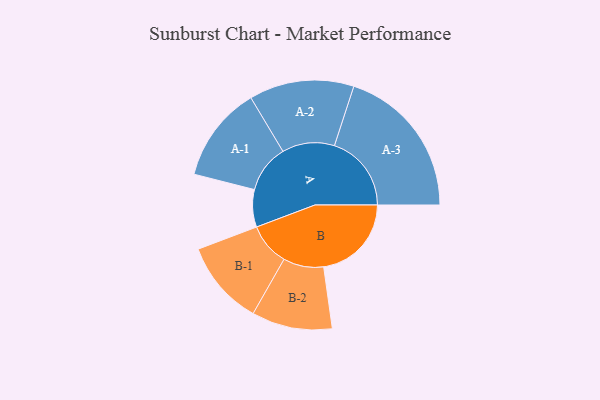
{"axis": {"x": "Segment", "y": "Value"}, "legend": ["", "A", "B"], "data": [{"x": "A", "y": 142, "type": ""}, {"x": "B", "y": 333, "type": ""}, {"x": "A-1", "y": 182, "type": "A"}, {"x": "A-2", "y": 199, "type": "A"}, {"x": "A-3", "y": 292, "type": "A"}, {"x": "B-1", "y": 161, "type": "B"}, {"x": "B-2", "y": 153, "type": "B"}]}